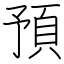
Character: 預